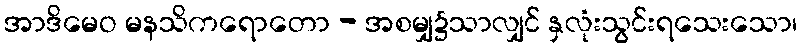
အာဒိမေဝ မနသိကရောတော - အစမျှ၌သာလျှင် နှလုံးသွင်းရသေးသော၊